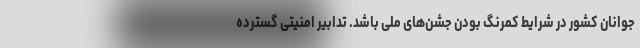
جوانان کشور در شرایط کمرنگ بودن جشن‌های ملی باشد. تدابیر امنیتی گسترده